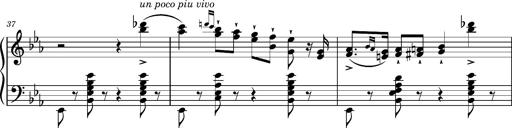
Title: Magyar rapszÃ³diÃ¡k
Composer: Franz Liszt